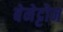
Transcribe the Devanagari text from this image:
बेनेट्टोन